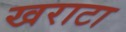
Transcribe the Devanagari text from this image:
खराटा